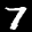
Label: 7